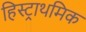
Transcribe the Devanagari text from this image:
हिस्ट्राथमिक